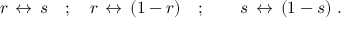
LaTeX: r \, \leftrightarrow \, s \quad ; \quad r \, \leftrightarrow \, ( 1 - r ) \quad ; \quad \quad s \, \leftrightarrow \, ( 1 - s ) \ .